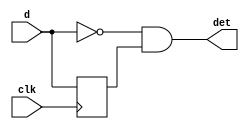
`timescale 1ns / 1ps

module ned_1(clk,d,det);
input clk,d;  //clock, data/signal that has to be detected
output det; //detector
reg dff;  //delayed version of signal
always@(posedge clk) begin
dff <= d;
end
assign det = (~d) & (dff);
endmodule